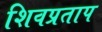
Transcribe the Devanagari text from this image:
शिवप्रताप